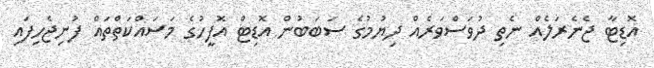
އޮޑިޓާ ޖެނެރަލެއް ނެތި ދުވަސްވަރެއް ދިޔުމުގެ ސަބަބުން އޮޑިޓް އޮފީހުގެ މަސައްކަތްތައް ފުނިޖެހިފައި